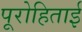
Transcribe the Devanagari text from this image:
पूरोहिताई